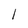
Character: 1